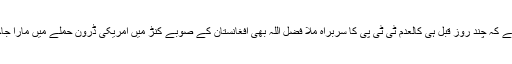
خیال رہے کہ چند روز قبل ہی کالعدم ٹی ٹی پی کا سربراہ ملا فضل اللہ بھی افغانستان کے صوبے کنڑ میں امریکی ڈرون حملے میں مارا جاچکا ہے۔